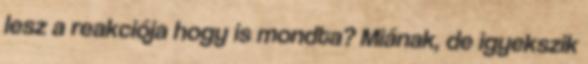
lesz a reakciója hogy is mondta? Miának, de igyekszik